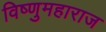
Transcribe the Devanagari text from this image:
विष्णुमहाराज